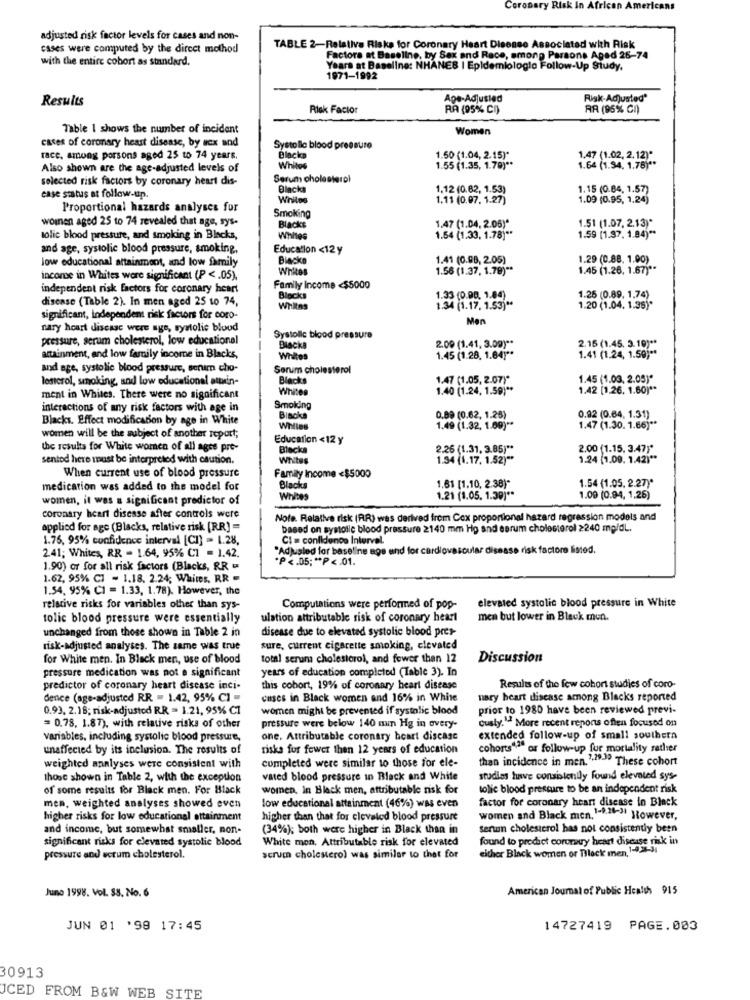
Coronary Risk In African Americans
adjusted risk factor levels for cases and non-
cases were computed by the direct method
TABLE 2-Relativa Riska for Coronary Heart Disease Associated with Risk
with the entire cobort as standard.
Factors at Baseline, by Sax and Race, among Parsons Aped 26-74
Years at Baseline: NHANES | Epidemiologlo Follow-Up Study,
1971-1992
Results
Age-Adjusted
Risk-Adjusted*
Risk Factor
RA (95% CI)
AR (95% C))
Table I shows the number of incident
Women
cases of coronary heart disease, by sex and
Systolic blood pressure
race, among porsons aged 25 to 74 years.
Blackp
1.50 (1.04, 2.15)*
1,47 (1.02, 2,12)*
Also shown are the age-adjusted levels of
Whites
1.55 (1.35, 1.79) **
1.64 (1.94. 1.78) **
selected risk factors by coronary heart dis-
Serum cholesterol
Blacks
1,12 (0.82, 1.53)
1.15 (0.84, 1.57)
case status at follow-up.
Whiles
1.11 (0.07. 1.27)
1.09 (0.95, 1.24)
Proportional hazards analyses for
woinen aged 25 to 74 revealed that age, sys-
Smoking
1.51 (1.07. 2.13)*
Blacks
1.47 (1.04. 2.06)"
1.59 (1.97. 1.84) **
tolic blood pressure, and smoking in Blacks,
Whites
1.54 (1.33, 1.78) **
and age, systolic blood pressure, smoking,
Education <12 y
low educational attainment, and low family
Blacke
1.41 (0.98, 2.05)
1.29 (0.88. 1.00)
Whites
1.56 (1.37, 1.79) **
1.45 (1.26, 1.67) **
income in Whites wore significant (P <. 05).
independent risk factors for coronary heart
Family income <$5000
disease (Table 2). In men aged 25 10 74,
Blocks
1.33 (0.08. 1.84)
1.25 (0.89, 1,74)
Whites
1.34 (1.17. 1.53) **
1.20 (1.04. 1.35)"
significant, independent risk factors for coro-
Men
nary heart disease were age, systolic blood
pressure, serum cholesterol, low educational
Systolic blood pressure
2.15 (1.45. 3.19) **
Blacka
2.09 (1.41, 3.09) **
attainment, and low family income in Blacks,
Whites
1.45 (1.28, 1.84) **
1.41 (1.24, 1.50) **
and age, systolic blood pressure, serum cho-
Serum cholesterol
lesterol, smoking, and low educational auxin-
Blacks
1.47 (1.05, 2.07)*
1.45 (1.03. 2.05)*
Whites
1.40 (1.24, 1.59) **
1.42 [1.26. 1.60) **
ment in Whites. There were no significant
interactions of any risk factors with age in
Smoking
Blacks. Effect modification by age in White
Blacks
0.89 (0.62, 1.25)
0.92 (0.64, 1.31)
Whiles
1.49 (1.32, 1.69) **
1.47 (1.30. 1.66) **
women will be the subject of another report;
Education <12 y
the results for White women of all ages pro-
Blacka
2.26 (1.31, 3.85) **
2.00 (1.15. 3.47)*
sentod here must be interpreted with caution.
Whites
1.34 (1.17. 1.52) **
1.24 (1.09. 1.42) **
Family Income <$5000
When current use of blood pressure
1.54 (1.05. 2.27)*
medication was added to the model for
Blacks
1.61 [1.10, 2.38)"
women, it was a significant predictor of
Whites
1.21 (1.05. 1.39) **
1.00 (0.94, 1,26)
coronary heart disease after controls were
Note. Relative risk (RR) was derived from Cox proportional hazard regression models and
applied for age (Blacks, relative risk [RR] =
based on systolic blood pressure 2140 mm Hg and earum cholesterol 2240 mg/dl.
1.76, 95% confidence interval [CI) = 1.28.
CI = confidence Interval.
241; Whites, RR - 1.64, 95% C1 = 1.42.
"Adjusted for baseline age and for cardiovascular disease risk factore listed.
*P <. 05; ** P <. 01.
1.90) or for all risk factors (Blacks, RR =
1.62, 95% CI - 1.18. 2.24; Whites, RR -
1.54, 95% C1 = 1.33, 1.78). However, the
elevated systolic blood pressure in White
relative risks for variables other than sys-
Computations were performed of pop-
tolic blood pressure were essentially
ulation attributable risk of coronary heart
men but lower in Black men.
disease due to elevated systolic blood pres-
unchanged from those shown in Table 2 in
risk-adjusted analyses. The same was true
sure, current cigarette smoking, elevated
for White men. In Black men, use of blood
total seruma cholesterol, and fewer than 12
Discussion
pressure medication was not a significant
years of education completed (Table 3). In
predictor of coronary heart disease inci-
this cobort, 19% of coronary heart disease
Results of the few cohort studies of coro-
dence (age-adjusted RR = 1.42, 95% C1 =
cases in Black women and 16% in White
nary heart disease among Blacks reported
0.93. 2.18; risk-adjusted RR = 1.21, 95% C1
women might be prevented if systolic blood
prior to 1980 have been reviewed previ-
ously."a More recent reports oflen focused on
= 0.78, 1.87), with relative risks of other
pressure were below 140 min Hg in every-
variables, including systolic blood pressure,
one. Attributable coronary heart discasc
extended follow-up of small southern
unaffected by its inclusion. The results of
risks for fewer then 12 years of education
cohorts""" or follow-up fur mortality rather
completed were similar to those for ele-
than incidence in men."""" These cohort
weighted analyses were consistent with
those shown in Table 2, with the exception
vated blood pressure in Black and White
studies have consistently found elevated sys-
of some results for Black men. For Black
women, in Black men, attributable risk for
solic blood pressure to be an independent risk
factor for coronary heart disease in Black
men, weighted analyses showed even
low educational attainment (46%) was even
higher risks for low educational attainment
higher than that for elevated blood pressure
women and Black men.1-0.24-31 However,
and income, but somewhat smaller, non-
(34%); both were higher in Black than in
Serun cholesterol has not consistently been
significant risks for elevated systolic blood
White men, Attributable risk for elevated
found to predict coronary heart disease risk in
either Black women or Black men, 1-0,2-34
pressure and scrum cholesterol.
scrum cholesterol was similar to that for
Juno 1998. Vol. 38. No. 6
American Journal of Public Health 915
JUN 01 '99 17:45
14727419 PAGE.003
30913
UCED FROM B&W WEB SITE